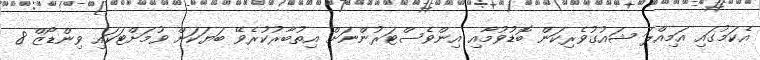
އެކަމުގައި އަމިއްލަ ޝައުގުވެރިކަން ބޮޑުވުމާއި އިންވެސްޓަރުންނަށް އިތުބާރުކުރެވޭ ބަޔަކަށް ވުމަށްޓަކައި ވިންޑޯޒް 8